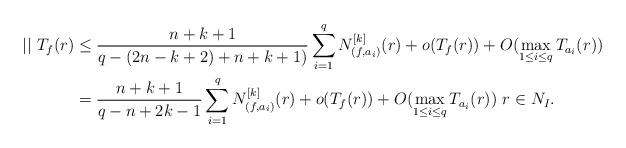
LaTeX: \begin{align*}||\ T_f(r)&\le\dfrac{n+k+1}{q-(2n-k+2)+n+k+1)}\sum_{i=1}^qN^{[k]}_{(f,a_{i})}(r)+o(T_f(r))+O(\max_{1\le i \le q}T_{a_i}(r))\\&=\dfrac{n+k+1}{q-n+2k-1}\sum_{i=1}^qN^{[k]}_{(f,a_{i})}(r)+o(T_f(r))+O(\max_{1\le i \le q}T_{a_i}(r))\ r\in N_I.\end{align*}